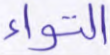
التواء